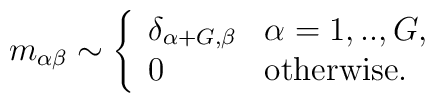
m_{\alpha \beta} \sim \left\{ \begin{array}{ll}\delta_{\alpha +G , \beta} & \alpha=1,..,G, \\0 & \textrm{otherwise}.\end{array} \right.